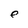
Character: e